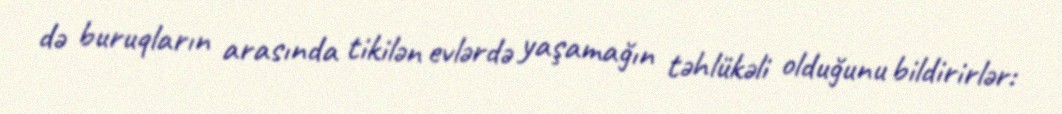
də buruqların arasında tikilən evlərdə yaşamağın təhlükəli olduğunu bildirirlər: